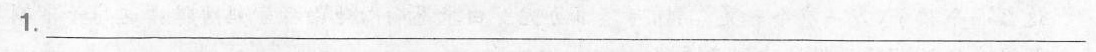
1.___